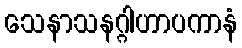
သေနာသနဂ္ဂါဟာပကာနံ